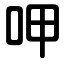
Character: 呷